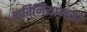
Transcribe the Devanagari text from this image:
गतिनियामकों